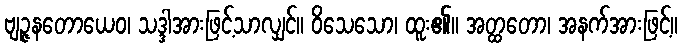
ဗျဉ္ဇနတောယေဝ၊ သဒ္ဒါအားဖြင့်သာလျှင်။ ဝိသေသော၊ ထူး၏။ အတ္ထတော၊ အနက်အားဖြင့်။